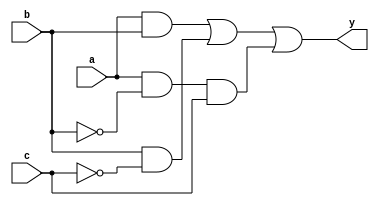
module optimized_logic (
    input wire a,       // Input A
    input wire b,       // Input B
    input wire c,       // Input C
    output wire y       // Output Y
);

// Logic implementation based on the simplified expression from the truth table
// For example, let's assume the simplified expression is: 
// y = (a & b) | (b & ~c) | (a & ~b & c) | (X's handled as optimization)

// Implementing the logic function
assign y = (a & b) | (b & ~c) | (a & ~b & c);

// The Don't Care conditions can be represented in the truth table as follows:
// Inputs:  a b c | Output: y
// --------------------------
// 0 0 0 |   0
// 0 0 1 |   0
// 0 1 0 |   0
// 0 1 1 |   1
// 1 0 0 |   0
// 1 0 1 |   X  (Don't Care)
// 1 1 0 |   1
// 1 1 1 |   X  (Don't Care)

// The Don't Care conditions allow for flexibility in optimization, 
// which is reflected in the simplified logic expression above.

endmodule